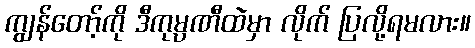
ကျွန်တော့်ကို ဒီကုမ္ပဏီထဲမှာ လိုက် ပြလို့ရမလား။